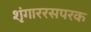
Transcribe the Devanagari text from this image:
शृंगाररसपरक